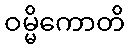
ဝမ္မိကောတိ